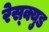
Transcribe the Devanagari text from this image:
रेस्क्युड